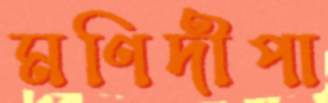
মণিদীপা